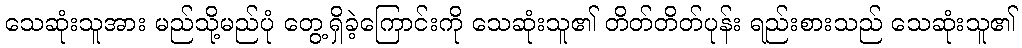
သေဆုံးသူအား မည်သို့မည်ပုံ တွေ့ရှိခဲ့ကြောင်းကို သေဆုံးသူ၏ တိတ်တိတ်ပုန်း ရည်းစားသည် သေဆုံးသူ၏